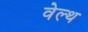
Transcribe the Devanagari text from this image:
वेल्‍थ